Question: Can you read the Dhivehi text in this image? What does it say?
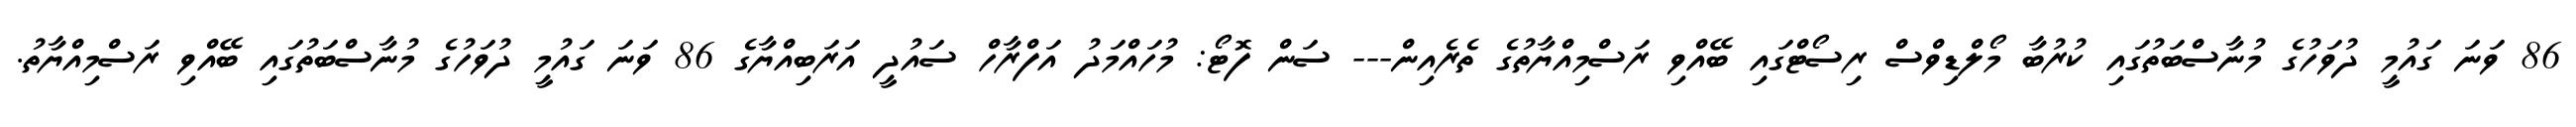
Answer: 86 ވަނަ ގައުމީ ދުވަހުގެ މުނާސްބަތުގައި ކުރުބާ މޯލްޑިވްސް ރިސޯޓްގައި ބޭއްވި ރަސްމިއްޔާތުގެ ތެރެއިން--- ސަން ފޮޓޯ: މުހައްމަދު އަފްރާހް ސައުދީ އަރަބިއްޔާގެ 86 ވަނަ ގައުމީ ދުވަހުގެ މުނާސްބަތުގައި ބޭއްވި ރަސްމިއްޔާތު.